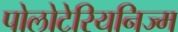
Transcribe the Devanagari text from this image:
पोलोटेरियनिज्म